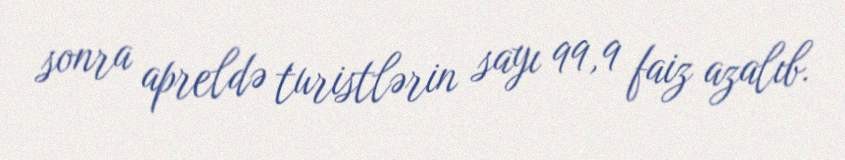
sonra apreldə turistlərin sayı 99,9 faiz azalıb.